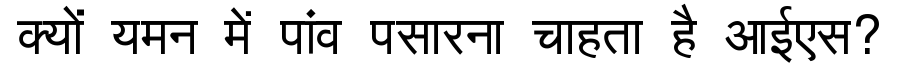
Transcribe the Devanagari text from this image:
क्यों यमन में पांव पसारना चाहता है आईएस?